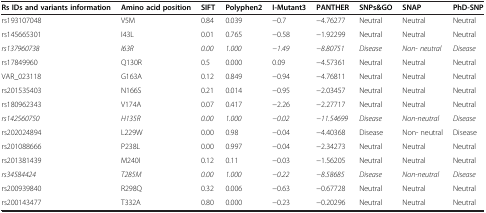
| Rs IDs and variants information | Amino acid position | SIFT | Polyphen2 | I-Mutant3 | PANTHER | SNPs&GO | SNAP | PhD-SNP |
 | --- | --- | --- | --- | --- | --- | --- | --- | --- |
 | rs193107048 | V5M | 0.84 | 0.039 | −0.7 | −4.76277 | Neutral | Neutral | Neutral |
 | rs145665301 | I43L | 0.01 | 0.765 | −0.58 | −1.92299 | Neutral | Neutral | Neutral |
 | rs137960738 | I63R | 0.00 | 1.000 | −1.49 | −8.80751 | Disease | Non- neutral | Disease |
 | rs17849960 | Q130R | 0.5 | 0.000 | 0.09 | −4.57361 | Neutral | Neutral | Neutral |
 | VAR_023118 | G163A | 0.12 | 0.849 | −0.94 | −4.76811 | Neutral | Neutral | Neutral |
 | rs201535403 | N166S | 0.21 | 0.014 | −0.95 | −2.03457 | Neutral | Neutral | Neutral |
 | rs180962343 | V174A | 0.07 | 0.417 | −2.26 | −2.27717 | Neutral | Neutral | Neutral |
 | rs142560750 | H135R | 0.00 | 1.000 | −0.02 | −11.54699 | Disease | Non-neutral | Disease |
 | rs202024894 | L229W | 0.00 | 0.98 | −0.04 | −4.40368 | Disease | Non- neutral | Disease |
 | rs201088666 | P238L | 0.00 | 0.997 | −0.04 | −2.34273 | Neutral | Neutral | Neutral |
 | rs201381439 | M240I | 0.12 | 0.11 | −0.03 | −1.56205 | Neutral | Neutral | Neutral |
 | rs34584424 | T285M | 0.00 | 1.000 | −0.22 | −8.58685 | Disease | Non-neutral | Disease |
 | rs200939840 | R298Q | 0.32 | 0.006 | −0.63 | −0.67728 | Neutral | Neutral | Neutral |
 | rs200143477 | T332A | 0.80 | 0.000 | −0.23 | −0.20296 | Neutral | Neutral | Neutral |